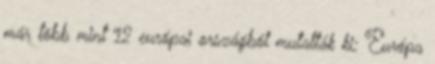
már több mint 12 európai országból mutatták ki; Európa